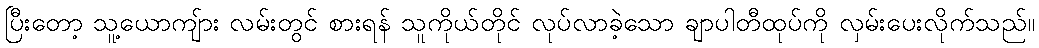
ပြီးတော့ သူ့ယောကျ်ား လမ်းတွင် စားရန် သူကိုယ်တိုင် လုပ်လာခဲ့သော ချာပါတီထုပ်ကို လှမ်းပေးလိုက်သည်။